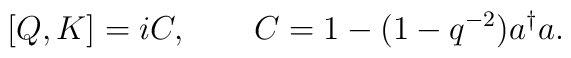
[Q,K]=iC, \qquad C=1-(1-q^{-2})a^\dagger a.